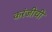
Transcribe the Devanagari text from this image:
करंजीची